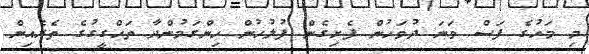
މި މަހުގެ ފަސް ވަނަ ދުވަހުން ފެށިގެން ފުލުހުން ހިންގަމުންދާ ތަހްގީގުގެ ތެރެއިން